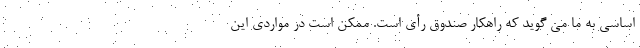
اساسی به ما می گوید که راهکار صندوق رأی است. ممکن است در مواردی این